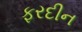
ફરદીન